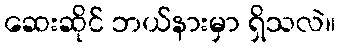
ဆေးဆိုင် ဘယ်နားမှာ ရှိသလဲ။